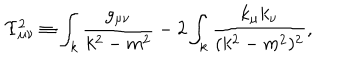
\Upsilon _ { \mu \nu } ^ { 2 } \equiv \int _ { k } \frac { g _ { \mu \nu } } { k ^ { 2 } - m ^ { 2 } } - 2 \int _ { k } \frac { k _ { \mu } k _ { \nu } } { ( k ^ { 2 } - m ^ { 2 } ) ^ { 2 } } ,